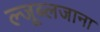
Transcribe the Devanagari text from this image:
ल्जूब्लजाना